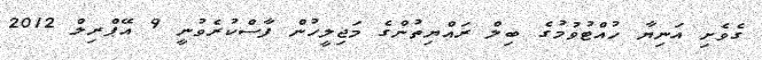
ގެވެށި އަނިޔާ ހުއްޓުވުމުގެ ބިލް ރައްޔިތުންގެ މަޖިލީހުން ފާސްކުރެވުނީ 9 އޭޕްރިލް 2012